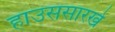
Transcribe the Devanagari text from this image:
हाउससारखे